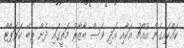
ކައްކައިގެން އުއްޗު އަކާއި އަދި ވެސް ބާޒާރު މަތީގައި ދެން ތިބޭ ކަރަޕްޓް